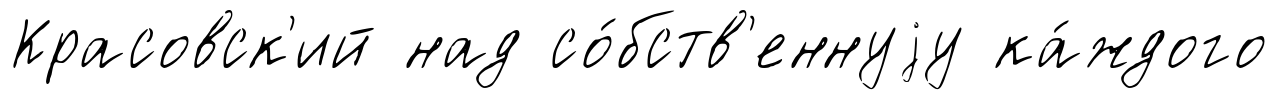
Красовск'ий над со́бств'еннуjу ка́ждого